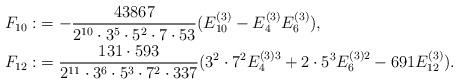
LaTeX: \begin{align*}F_{10}:&=-\frac{43867}{2^{10}\cdot 3^5\cdot 5^2\cdot 7\cdot 53}(E^{(3)}_{10}-E^{(3)}_4E^{(3)}_6), \\F_{12}:&=\frac{131\cdot 593}{2^{11}\cdot 3^6\cdot 5^3\cdot 7^2\cdot 337}(3^2\cdot 7^2E_4^{(3)3}+2\cdot 5^3E_6^{(3)2}-691E^{(3)}_{12}).\end{align*}